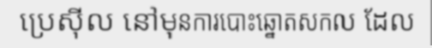
ប្រេស៊ីល នៅមុនការបោះឆ្នោតសកល ដែល